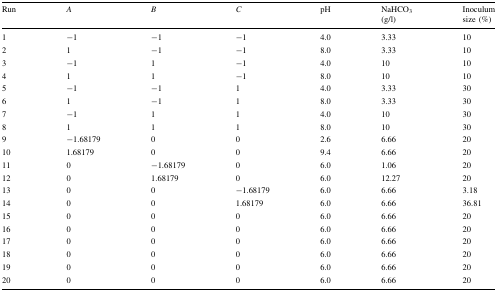
| Run | A | B | C | pH | NaHCO3 (g/l) | Inoculum size (%) |
 | --- | --- | --- | --- | --- | --- | --- |
 | 1 | −1 | −1 | −1 | 4.0 | 3.33 | 10 |
 | 2 | 1 | −1 | −1 | 8.0 | 3.33 | 10 |
 | 3 | −1 | 1 | −1 | 4.0 | 10 | 10 |
 | 4 | 1 | 1 | −1 | 8.0 | 10 | 10 |
 | 5 | −1 | −1 | 1 | 4.0 | 3.33 | 30 |
 | 6 | 1 | −1 | 1 | 8.0 | 3.33 | 30 |
 | 7 | −1 | 1 | 1 | 4.0 | 10 | 30 |
 | 8 | 1 | 1 | 1 | 8.0 | 10 | 30 |
 | 9 | −1.68179 | 0 | 0 | 2.6 | 6.66 | 20 |
 | 10 | 1.68179 | 0 | 0 | 9.4 | 6.66 | 20 |
 | 11 | 0 | −1.68179 | 0 | 6.0 | 1.06 | 20 |
 | 12 | 0 | 1.68179 | 0 | 6.0 | 12.27 | 20 |
 | 13 | 0 | 0 | −1.68179 | 6.0 | 6.66 | 3.18 |
 | 14 | 0 | 0 | 1.68179 | 6.0 | 6.66 | 36.81 |
 | 15 | 0 | 0 | 0 | 6.0 | 6.66 | 20 |
 | 16 | 0 | 0 | 0 | 6.0 | 6.66 | 20 |
 | 17 | 0 | 0 | 0 | 6.0 | 6.66 | 20 |
 | 18 | 0 | 0 | 0 | 6.0 | 6.66 | 20 |
 | 19 | 0 | 0 | 0 | 6.0 | 6.66 | 20 |
 | 20 | 0 | 0 | 0 | 6.0 | 6.66 | 20 |